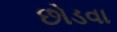
છોડવા